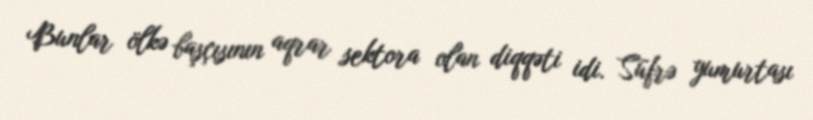
Bunlar ölkə başçısının aqrar sektora olan diqqəti idi. Süfrə yumurtası